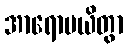
အာရောပယိတွာ